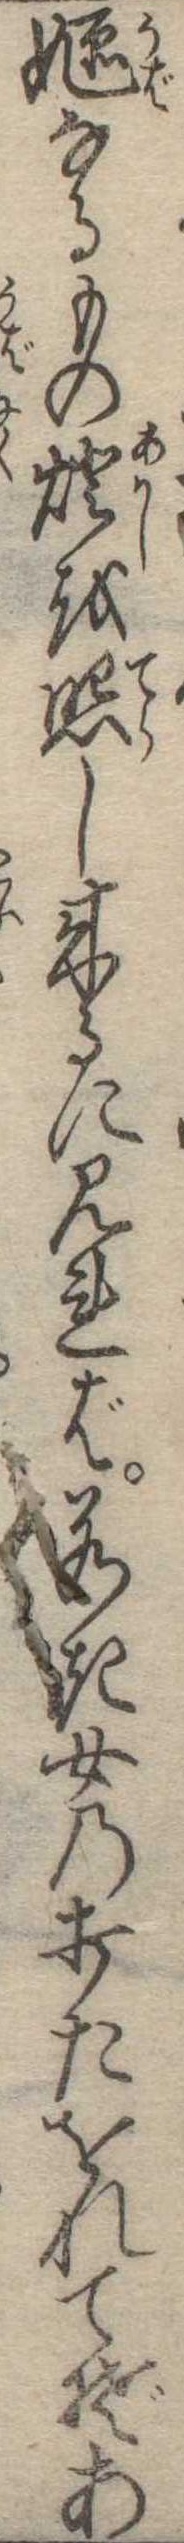
嫗なるもの灯を照し来るに見れば若き女の打たをれてぞあ